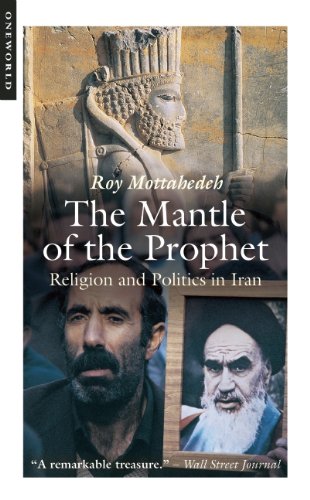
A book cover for The Mantle of the Prophet; Roy Mottahedeh; History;